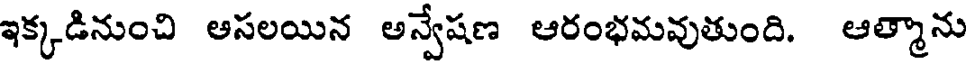
ఇక్కడినుంచి ఆసలయిన అన్వేషణ ఆరంభమవుతుంది. ఆత్మాను